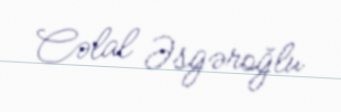
Cəlal Əsgəroğlu